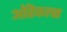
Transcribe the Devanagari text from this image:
ऑरेकल्स